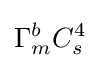
\Gamma _{m}^{b}C_{s}^{4}